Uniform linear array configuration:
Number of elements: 48
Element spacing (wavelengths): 0.5
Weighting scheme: binomial
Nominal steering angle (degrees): -60
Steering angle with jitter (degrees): -59.506
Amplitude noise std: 0.05
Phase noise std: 0.05

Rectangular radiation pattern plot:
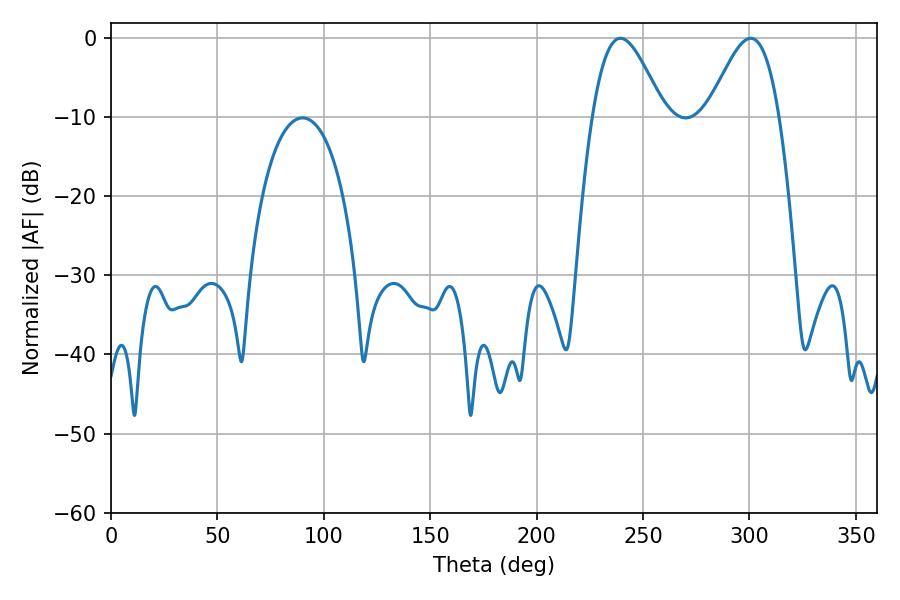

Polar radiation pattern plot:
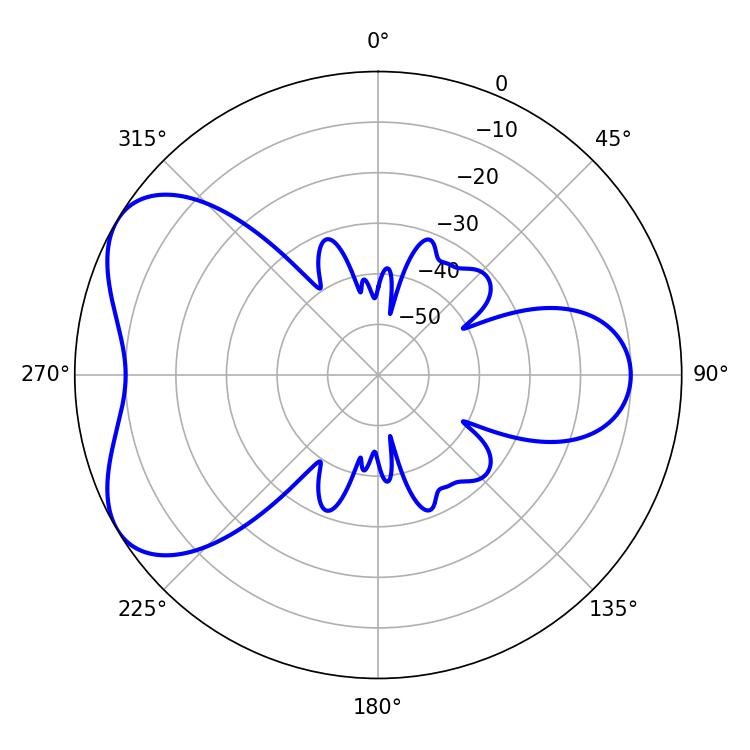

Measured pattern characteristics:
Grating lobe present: FALSE
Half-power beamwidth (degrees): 17.82
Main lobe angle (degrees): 239.4